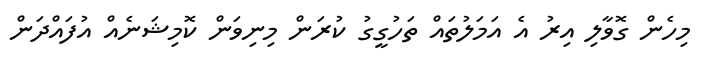
މިހެން ގޮވާލި އިރު އެ އަމަލުތައް ތަހުގީގު ކުރަން މިނިވަން ކޮމިޝަނެއް އުފައްދަން